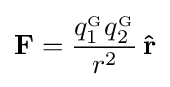
\mathbf {F} ={\frac {q_{1}^{_{\mathrm {G} }}q_{2}^{_{\mathrm {G} }}}{r^{2}}}\,\mathbf {\hat {r}}